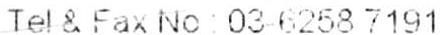
TEI & FAX NO : 03-6258 7191